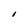
Character: I